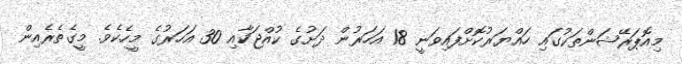
މިއޮޕަރޭޝަންތަކުގައި ހައްޔަރުކޮށްފައިވަނީ 18 އަހަރުން ދަށުގެ ކުއްޖަކާއި 30 އަހަރުގެ މީހެކެވެ. މީގެތެރެއިން